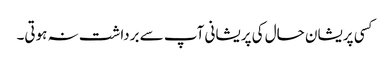
کسی پریشان حال کی پریشانی آپ سے برداشت نہ ہوتی۔